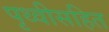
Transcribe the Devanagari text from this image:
पृथ्वीसहित